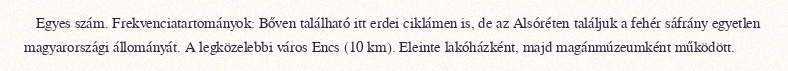
Egyes szám. Frekvenciatartományok: Bőven található itt erdei ciklámen is, de az Alsóréten találjuk a fehér sáfrány egyetlen magyarországi állományát. A legközelebbi város Encs (10 km). Eleinte lakóházként, majd magánmúzeumként működött.